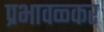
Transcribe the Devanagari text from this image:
प्रभावळ्कर